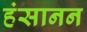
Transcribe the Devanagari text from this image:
हंसानन